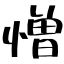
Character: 憎